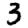
Digit: 3